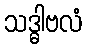
သဒ္ဓါဗလံ